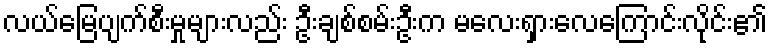
လယ်မြေပျက်စီးမှုများလည်း ဦးချစ်စမ်းဦးက မလေးရှားလေကြောင်းလိုင်း၏